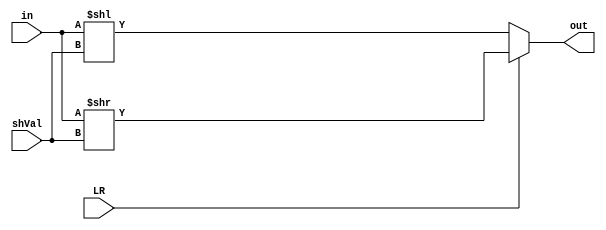
module Shift(input [63:0] in, input [4:0] shVal, input LR, output [63:0] out);
	assign out = (LR)? (in >> shVal) : (in << shVal);
endmodule